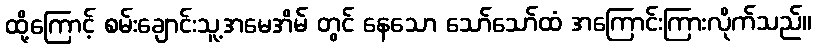
ထို့ကြောင့် စမ်းချောင်းသူ့အမေအိမ် တွင် နေသော သော်သော်ထံ အကြောင်းကြားလိုက်သည်။